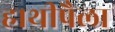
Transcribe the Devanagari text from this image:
हाथीपैला